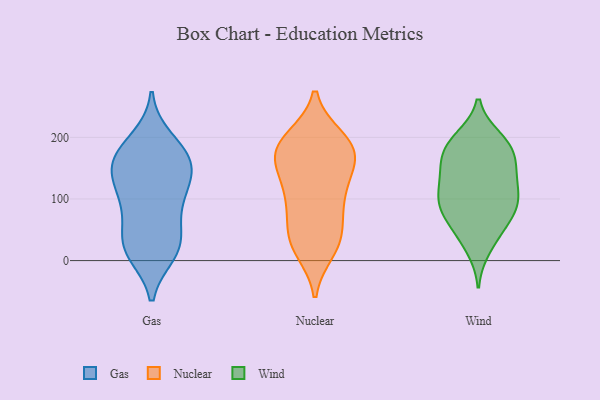
{"axis": {"x": "Inventory Turnover", "y": "Value"}, "legend": ["Gas", "Nuclear", "Wind"], "data": [{"x": "", "y": 98, "type": "Gas"}, {"x": "", "y": 163, "type": "Gas"}, {"x": "", "y": 97, "type": "Gas"}, {"x": "", "y": 33, "type": "Gas"}, {"x": "", "y": 26, "type": "Gas"}, {"x": "", "y": 16, "type": "Gas"}, {"x": "", "y": 84, "type": "Gas"}, {"x": "", "y": 147, "type": "Gas"}, {"x": "", "y": 136, "type": "Gas"}, {"x": "", "y": 196, "type": "Gas"}, {"x": "", "y": 30, "type": "Gas"}, {"x": "", "y": 13, "type": "Gas"}, {"x": "", "y": 176, "type": "Gas"}, {"x": "", "y": 127, "type": "Gas"}, {"x": "", "y": 165, "type": "Gas"}, {"x": "", "y": 165, "type": "Gas"}, {"x": "", "y": 167, "type": "Nuclear"}, {"x": "", "y": 16, "type": "Nuclear"}, {"x": "", "y": 38, "type": "Nuclear"}, {"x": "", "y": 38, "type": "Nuclear"}, {"x": "", "y": 196, "type": "Nuclear"}, {"x": "", "y": 129, "type": "Nuclear"}, {"x": "", "y": 185, "type": "Nuclear"}, {"x": "", "y": 84, "type": "Nuclear"}, {"x": "", "y": 79, "type": "Nuclear"}, {"x": "", "y": 126, "type": "Nuclear"}, {"x": "", "y": 34, "type": "Nuclear"}, {"x": "", "y": 20, "type": "Nuclear"}, {"x": "", "y": 156, "type": "Nuclear"}, {"x": "", "y": 199, "type": "Nuclear"}, {"x": "", "y": 176, "type": "Nuclear"}, {"x": "", "y": 168, "type": "Nuclear"}, {"x": "", "y": 91, "type": "Nuclear"}, {"x": "", "y": 197, "type": "Nuclear"}, {"x": "", "y": 115, "type": "Nuclear"}, {"x": "", "y": 172, "type": "Nuclear"}, {"x": "", "y": 87, "type": "Wind"}, {"x": "", "y": 20, "type": "Wind"}, {"x": "", "y": 180, "type": "Wind"}, {"x": "", "y": 80, "type": "Wind"}, {"x": "", "y": 100, "type": "Wind"}, {"x": "", "y": 128, "type": "Wind"}, {"x": "", "y": 88, "type": "Wind"}, {"x": "", "y": 106, "type": "Wind"}, {"x": "", "y": 79, "type": "Wind"}, {"x": "", "y": 192, "type": "Wind"}, {"x": "", "y": 43, "type": "Wind"}, {"x": "", "y": 148, "type": "Wind"}, {"x": "", "y": 198, "type": "Wind"}, {"x": "", "y": 177, "type": "Wind"}, {"x": "", "y": 190, "type": "Wind"}, {"x": "", "y": 152, "type": "Wind"}, {"x": "", "y": 50, "type": "Wind"}, {"x": "", "y": 150, "type": "Wind"}, {"x": "", "y": 120, "type": "Wind"}]}